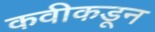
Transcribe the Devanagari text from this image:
कवीकडून